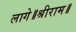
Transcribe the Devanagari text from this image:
लागे॥श्रीराम॥